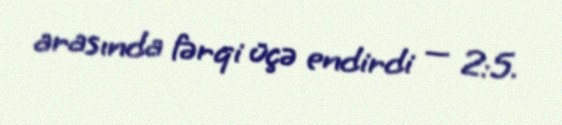
arasında fərqi üçə endirdi — 2:5.